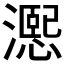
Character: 𪷨